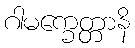
ဂါမက္ခေတ္တာနိ